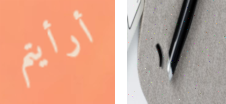
أرأيتم ١